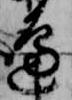
辺